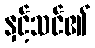
နှင့်သင်၏